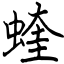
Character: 蝰